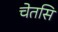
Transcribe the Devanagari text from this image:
चेतसि